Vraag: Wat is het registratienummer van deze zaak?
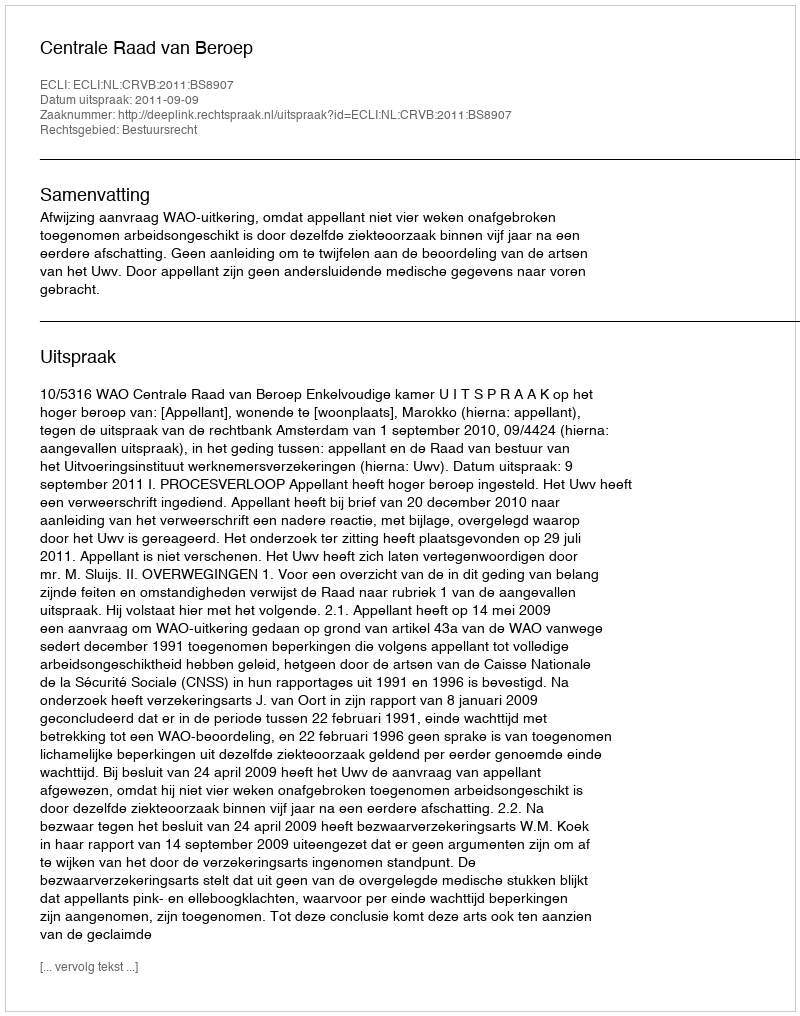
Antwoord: http://deeplink.rechtspraak.nl/uitspraak?id=ECLI:NL:CRVB:2011:BS8907